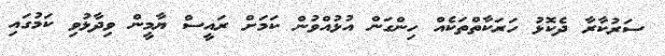
ސަރުކާރާ ދެކޮޅު ހަރަކާތްތަކެއް ހިންގަން އުޅުއްވުން ކަމަށް ރައީސް ޔާމީން ވިދާޅުވި ކަމުގައި